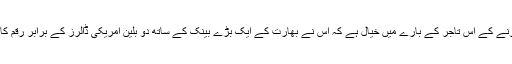
ہیروں اور سونے کے اس تاجر کے بارے میں خیال ہے کہ اُس نے بھارت کے ایک بڑے بینک کے ساتھ دو بلین امریکی ڈالرز کے برابر رقم کا فراڈ کیا ہے۔